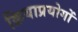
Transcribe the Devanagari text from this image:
क्रियाप्रयोगों